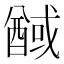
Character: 䤋